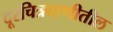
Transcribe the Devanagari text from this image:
दूरचित्रवाणीतील